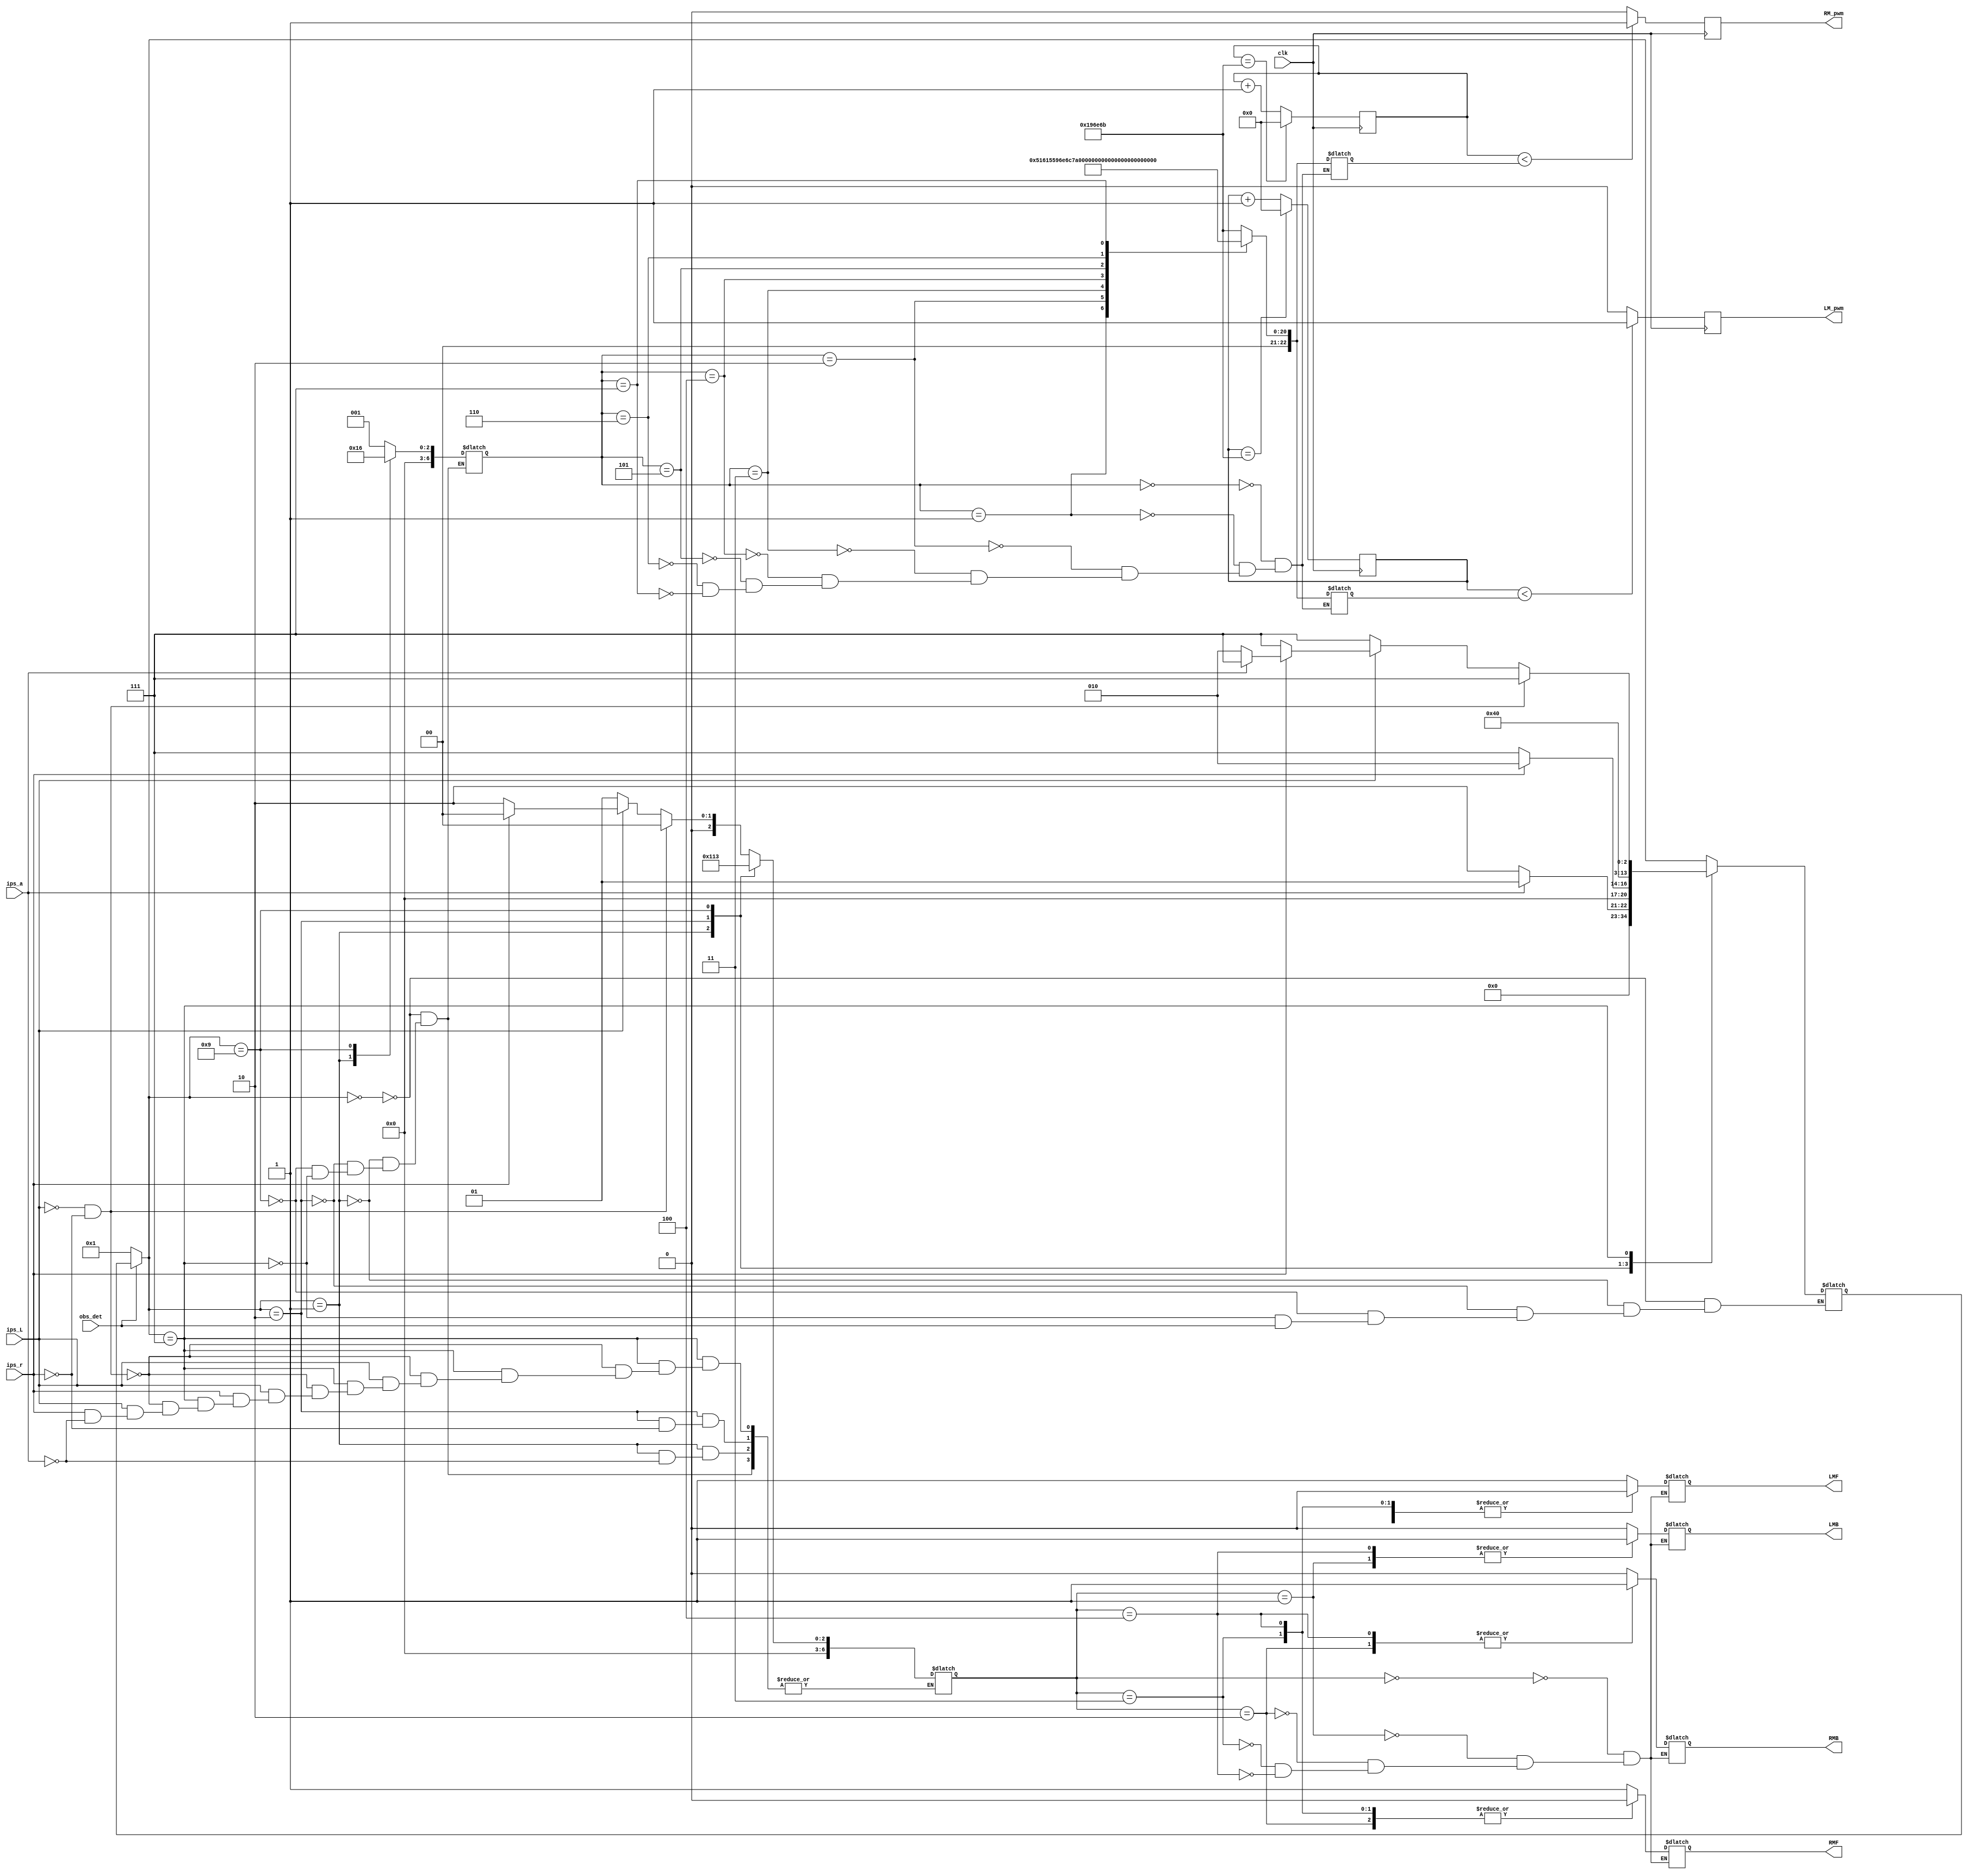
module IPS_sensor(
    input ips_r, ips_L, ips_a, clk,obs_det,     
    output RMF,RMB,LMF,LMB, LM_pwm,RM_pwm   
    );
    
    reg[22:0] counter_r;
    reg[22:0] counter_L;
    reg[22:0] pulsewidth_r;
    reg[22:0] pulsewidth_L;
    reg RM_pwm_temp;
    reg LM_pwm_temp;
    
    reg [6:0] motor_temp;
    reg RMF_temp, RMB_temp, LMF_temp, LMB_temp;
    reg [6:0] state_temp;
    reg [6:0] pwm_state;

/////////////////////////////////////////////////////////////////////////////////////////////////////////////////////////////////////////////////    
always@(posedge clk)
    begin
        if(counter_r == 1666667)
            counter_r <= 0;
        else
            counter_r <= counter_r +1;
        if(counter_r < pulsewidth_r)
            RM_pwm_temp  = 1;
        else
            RM_pwm_temp = 0;  
    end
    
always@(posedge clk)
    begin    
        if(counter_L == 1666667)
                counter_L <= 0;
        else
                counter_L <= counter_L +1;
        if(counter_L < pulsewidth_L)
                LM_pwm_temp = 1;
         else
                LM_pwm_temp = 0;
    end  
/////////////////////////////////////////////////////////////////////////////////////////////////////////////////////////////////////////////////// 
 

always@(*)
begin
    if(obs_det == 0)
     begin
        state_temp = 4'd1;
     end
    else 
     begin
        state_temp = state_temp;
     end
     
     
    case(state_temp)
        4'd0: // normal state or green state
         begin
           pwm_state = 4'd1; // sets speed to 80%
           
           if(ips_L == 0 && ips_r == 0)
                begin
                    motor_temp = 4'd0;
                    state_temp = 4'd0;
                end 
          else if(ips_L == 0)
                begin                  
                    motor_temp = 4'd1;
                    state_temp = 4'd0;
                end
          else if(ips_r == 0)
                begin                   
                    motor_temp = 4'd2;
                    state_temp = 4'd0;
                end
          else
                begin
                    motor_temp = 4'd0;
                    state_temp = 4'd0;
                end
        end
        
        4'd1: // start of obstalce state
         begin
            pwm_state = 4'd2; // 50% speeed
                     
            if(ips_a == 0) // alterante path is detected 
             begin           
                state_temp = 4'd2; //chnage into next state
             end
            else 
             begin
                motor_temp = 4'd4; // go backwards
                state_temp = 4'd1;
             end
         end
        
       4'd2: // state once the alternate path is detected to turn right onto the path
        begin
            pwm_state = 4'd1; // 50% speed
            if(ips_r == 0)
             begin
                state_temp = 4'd7; // blue state
             end
            else 
             begin
                motor_temp = 4'd2;
                state_temp = 4'd2;                
             end
        end 
        
        4'd9: // RED STATE
         begin
            motor_temp = 4'd3;
            pwm_state = 4'd6;
            state_temp = 4'd4;
         end
                                   
        4'd7: // state for the alterante path and to get off the alternate path (blue state)
         begin
          pwm_state = 4'd1;
                       
         if(ips_L == 0 && ips_r == 0)
                begin
                    motor_temp = 4'd0;
                    state_temp = 4'd7;
                end 
          else if(ips_L == 0)
                begin                  
                    motor_temp = 4'd1;
                    state_temp = 4'd7;
                end
          else if(ips_r == 0)
                begin                   
                    motor_temp = 4'd2;
                    state_temp = 4'd7;
                end
          else if(ips_a == 0)
                begin
                    state_temp = 4'd2;
                end
          else
                begin
                    motor_temp = 4'd0;
                    state_temp = 4'd7;
                end
            
         end
        
    endcase
    
end


///////////////////////////////////////////////////////////////////////////////////////////////////////////////////////////////////////////////////////////////
always@(*)
     begin 
        case(motor_temp)
            4'd0: // forwards
                begin
                    RMF_temp  =  1;
                    RMB_temp  =  0;
                    LMF_temp  =  1;
                    LMB_temp  =  0;
                end
            4'd1: // left turn
                begin
                    RMF_temp  =  1;
                    RMB_temp  =  0;
                    LMF_temp  =  0;
                    LMB_temp  =  1;
                end
           4'd2: // right turn
                begin
                    RMF_temp  =  0;
                    RMB_temp  =  1;
                    LMF_temp  =  1;
                    LMB_temp  =  0;
                end
          4'd3: // Stop
                begin
                    RMF_temp  =  0;
                    RMB_temp  =  0;
                    LMF_temp  =  0;
                    LMB_temp  =  0;
                end
          4'd4: // Backwards
                begin
                    RMF_temp  =  0;
                    RMB_temp  =  1;
                    LMF_temp  =  0;
                    LMB_temp  =  1;
                end
           default:
                begin
                    motor_temp = motor_temp;
                end
        endcase
     end
//////////////////////////////////////////////////////////////////////////////////////////////////////////////////////////////////////////////////////////////////
always@(*)
    begin
        case(pwm_state)
        4'd0: // 100% Duty cycle
         begin
             pulsewidth_L = 1666667;
             pulsewidth_r = 1666667;
         end
        4'd1: // 80% duty cycle
         begin
            pulsewidth_L = 1333333;
            pulsewidth_r = 1333333;
         end
        4'd2: // 50& duty cycle
         begin
            pulsewidth_L = 833334;
            pulsewidth_r = 833334;
         end
        4'd3: // 30% duty cycle
         begin
            pulsewidth_L = 500000;
            pulsewidth_r = 500000;
         end
        4'd4:// 20% duty cycle
         begin
            pulsewidth_L = 333333;
            pulsewidth_r = 333333;            
         end
         4'd5: // 25% speed
          begin 
            pulsewidth_L = 416666;
            pulsewidth_r = 416666;
          end
         4'd6: // stop
          begin
            pulsewidth_L = 0;
            pulsewidth_r = 0;
          end
         4'd7: // 65% speed
          begin
            pulsewidth_L = 1083333;
            pulsewidth_r = 1083333;
          end
               
        endcase
    end

    
    assign RM_pwm = RM_pwm_temp; //JC2
    assign LM_pwm = LM_pwm_temp; //JC8
    
    assign RMF = RMF_temp;
    assign RMB = RMB_temp;
    assign LMF = LMF_temp;
    assign LMB = LMB_temp;
    
    
endmodule